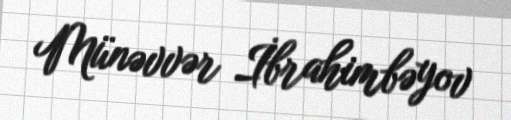
Münəvvər İbrahimbəyov